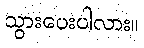
သွားပေးပါလား။